画像に写った文字を読んでください
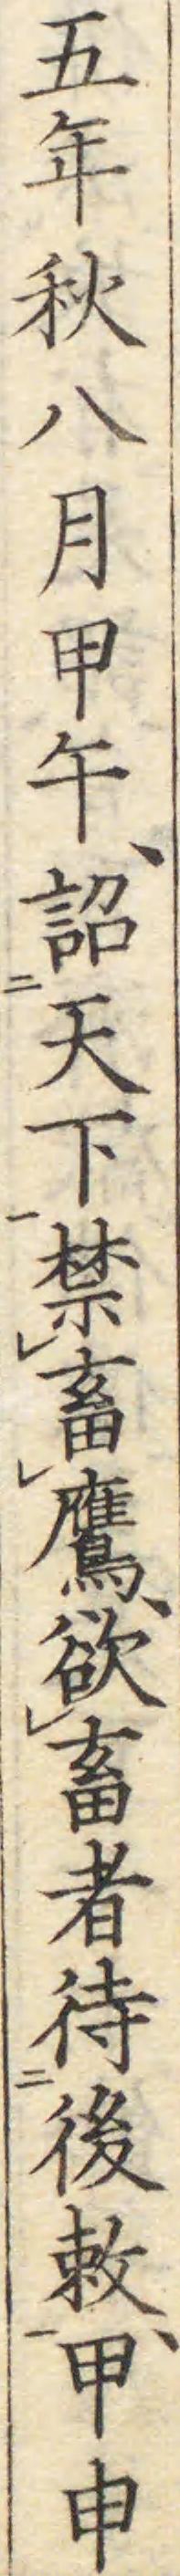
「五年秋八月甲午、詔天下禁畜鷹、欲畜者待後敕、甲申」と書いてあります